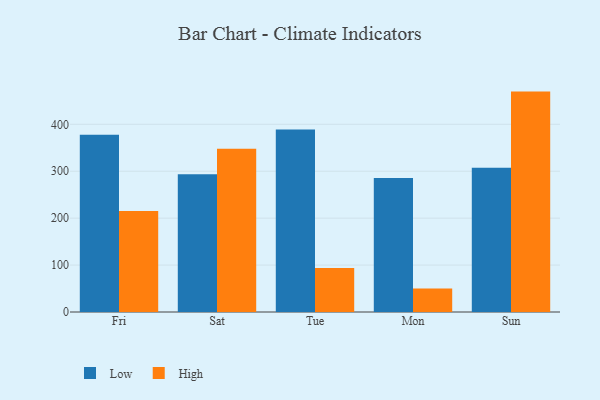
{"axis": {"x": "Day", "y": "Conversion Rate (%)"}, "legend": ["High", "Low"], "data": [{"x": "Fri", "y": 377.6, "type": "Low"}, {"x": "Fri", "y": 215.2, "type": "High"}, {"x": "Sat", "y": 293.4, "type": "Low"}, {"x": "Sat", "y": 348.0, "type": "High"}, {"x": "Tue", "y": 388.9, "type": "Low"}, {"x": "Tue", "y": 93.6, "type": "High"}, {"x": "Mon", "y": 285.6, "type": "Low"}, {"x": "Mon", "y": 50.2, "type": "High"}, {"x": "Sun", "y": 307.2, "type": "Low"}, {"x": "Sun", "y": 469.7, "type": "High"}]}